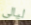
ليالى